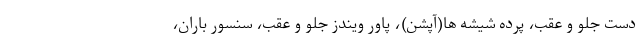
دست جلو و عقب، پرده شیشه ها(آپشن)، پاور ویندز جلو و عقب، سنسور باران،